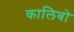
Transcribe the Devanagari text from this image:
कालिबो